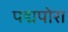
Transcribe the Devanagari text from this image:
पद्मपोरा